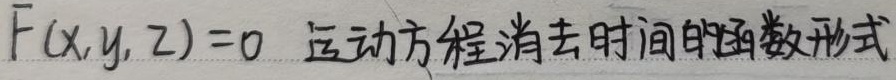
$F(x,y,z)=0$是运动方程消去时间的函数形式